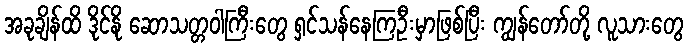
အခုချိန်ထိ ဒိုင်နို ဆောသတ္တဝါကြီးတွေ ရှင်သန်နေကြဦးမှာဖြစ်ပြီး ကျွန်တော်တို့ လူသားတွေ